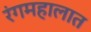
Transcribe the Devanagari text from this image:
रंगमहालात